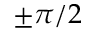
\pm \pi / 2